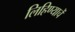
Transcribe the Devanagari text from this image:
लिहिण्याचें